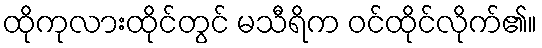
ထိုကုလားထိုင်တွင် မသီရိက ဝင်ထိုင်လိုက်၏။